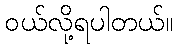
ဝယ်လို့ရပါတယ်။